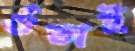
গুঁতাই